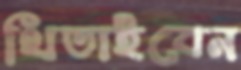
থিতাইবেন